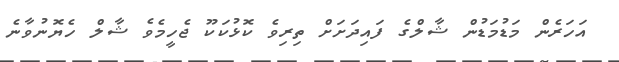
އަހަރެން މަޑުމަޑުން ޝާލްގެ ފައިދަށަށް ތިރިވެ ކޮޅުކަކޫ ޖެހީމެވެ ޝާލް ހެޔޮނުވާނެ